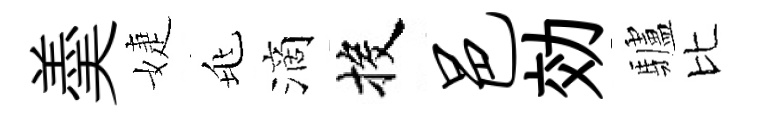
羮婕兆滴投邑効驢比